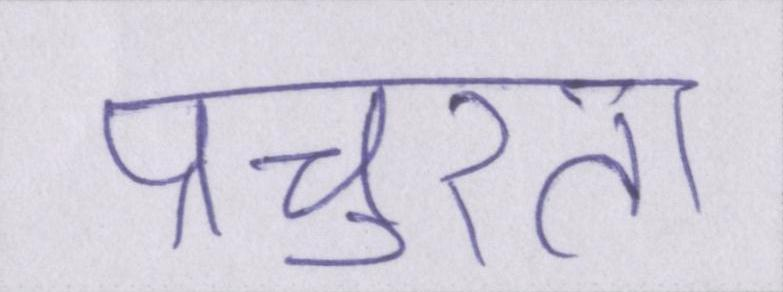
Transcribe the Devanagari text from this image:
प्रचुरता